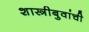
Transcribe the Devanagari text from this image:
शास्त्रीबुवांची